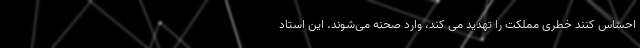
احساس کنند خطری مملکت را تهدید می کند، وارد صحنه می‌شوند. این استاد